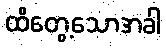
ထိတွေ့သောအခါ